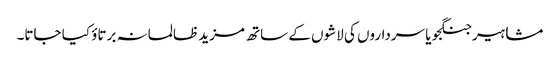
مشاہیر جنگجو یا سرداروں کی لاشوں کے ساتھ مزید ظالمانہ برتاؤ کیا جاتا۔